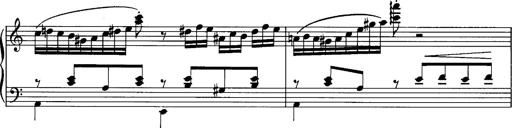
Title: La romanesca
Composer: Franz Liszt